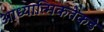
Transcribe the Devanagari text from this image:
आध्यात्मिकतेकडे